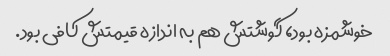
خوشمزه بود، گوشتش هم به اندازه قیمتش کافی بود.